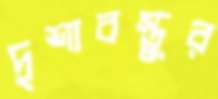
দৃশ্যবস্তুর